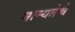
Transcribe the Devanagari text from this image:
मान्यतेचे